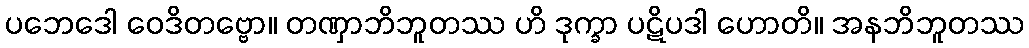
ပဘေဒေါ ဝေဒိတဗ္ဗော။ တဏှာဘိဘူတဿ ဟိ ဒုက္ခာ ပဋိပဒါ ဟောတိ။ အနဘိဘူတဿ